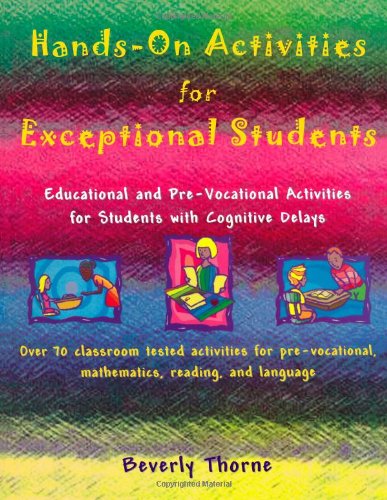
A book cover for Hands-On Activities for Exceptional Students: Educational and Pre-Vocational Activities for Students with Cognitive Delays; Beverly Thorne; Politics & Social Sciences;